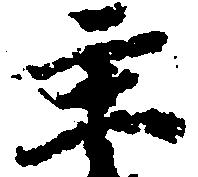
主